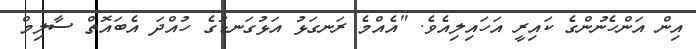
އިން އަންހެނުންގެ ކައިރީ އަހައިލިއެވެ. "އެއްމެ ރަނގަޅު އަޅުގަނޑުގެ ހުއްދަ އެބައޮތް ސާލިމް